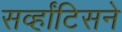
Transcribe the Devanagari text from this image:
सर्व्हांटिसने